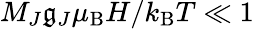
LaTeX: M_{J}\mathfrak{g}_{J}\mu_{\mathrm{{B}}}H/k_{\mathrm{{B}}}T\ll1